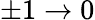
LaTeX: \pm 1\rightarrow 0